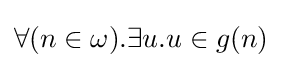
\forall (n\in \omega ).\exists u.u\in g(n)